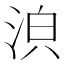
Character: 𣴼